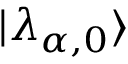
| \lambda _ { \alpha , 0 } \rangle